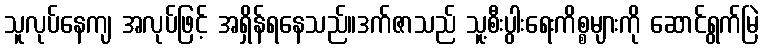
သူလုပ်နေကျ အလုပ်ဖြင့် အရှိန်ရနေသည်။ဒက်ဇာသည် သူ့စီးပွါးရေးကိစ္စများကို ဆောင်ရွက်မြဲ